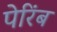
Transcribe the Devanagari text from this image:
पेरिंब